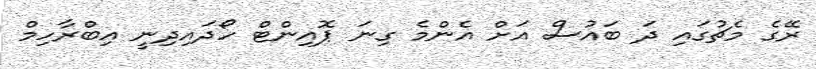
ރޭގެ މެޗުގައި ދަ ބައުސް އަށް އެންމެ ގިނަ ޕޮއިންޓް ހޯދައިދިނީ އިބްރާހިމް